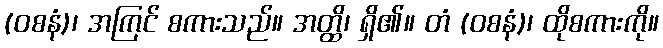
(ဝစနံ)၊ အကြင် စကားသည်။ အတ္ထိ၊ ရှိ၏။ တံ (ဝစနံ)၊ ထိုစကားကို။